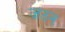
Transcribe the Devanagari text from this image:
जउन